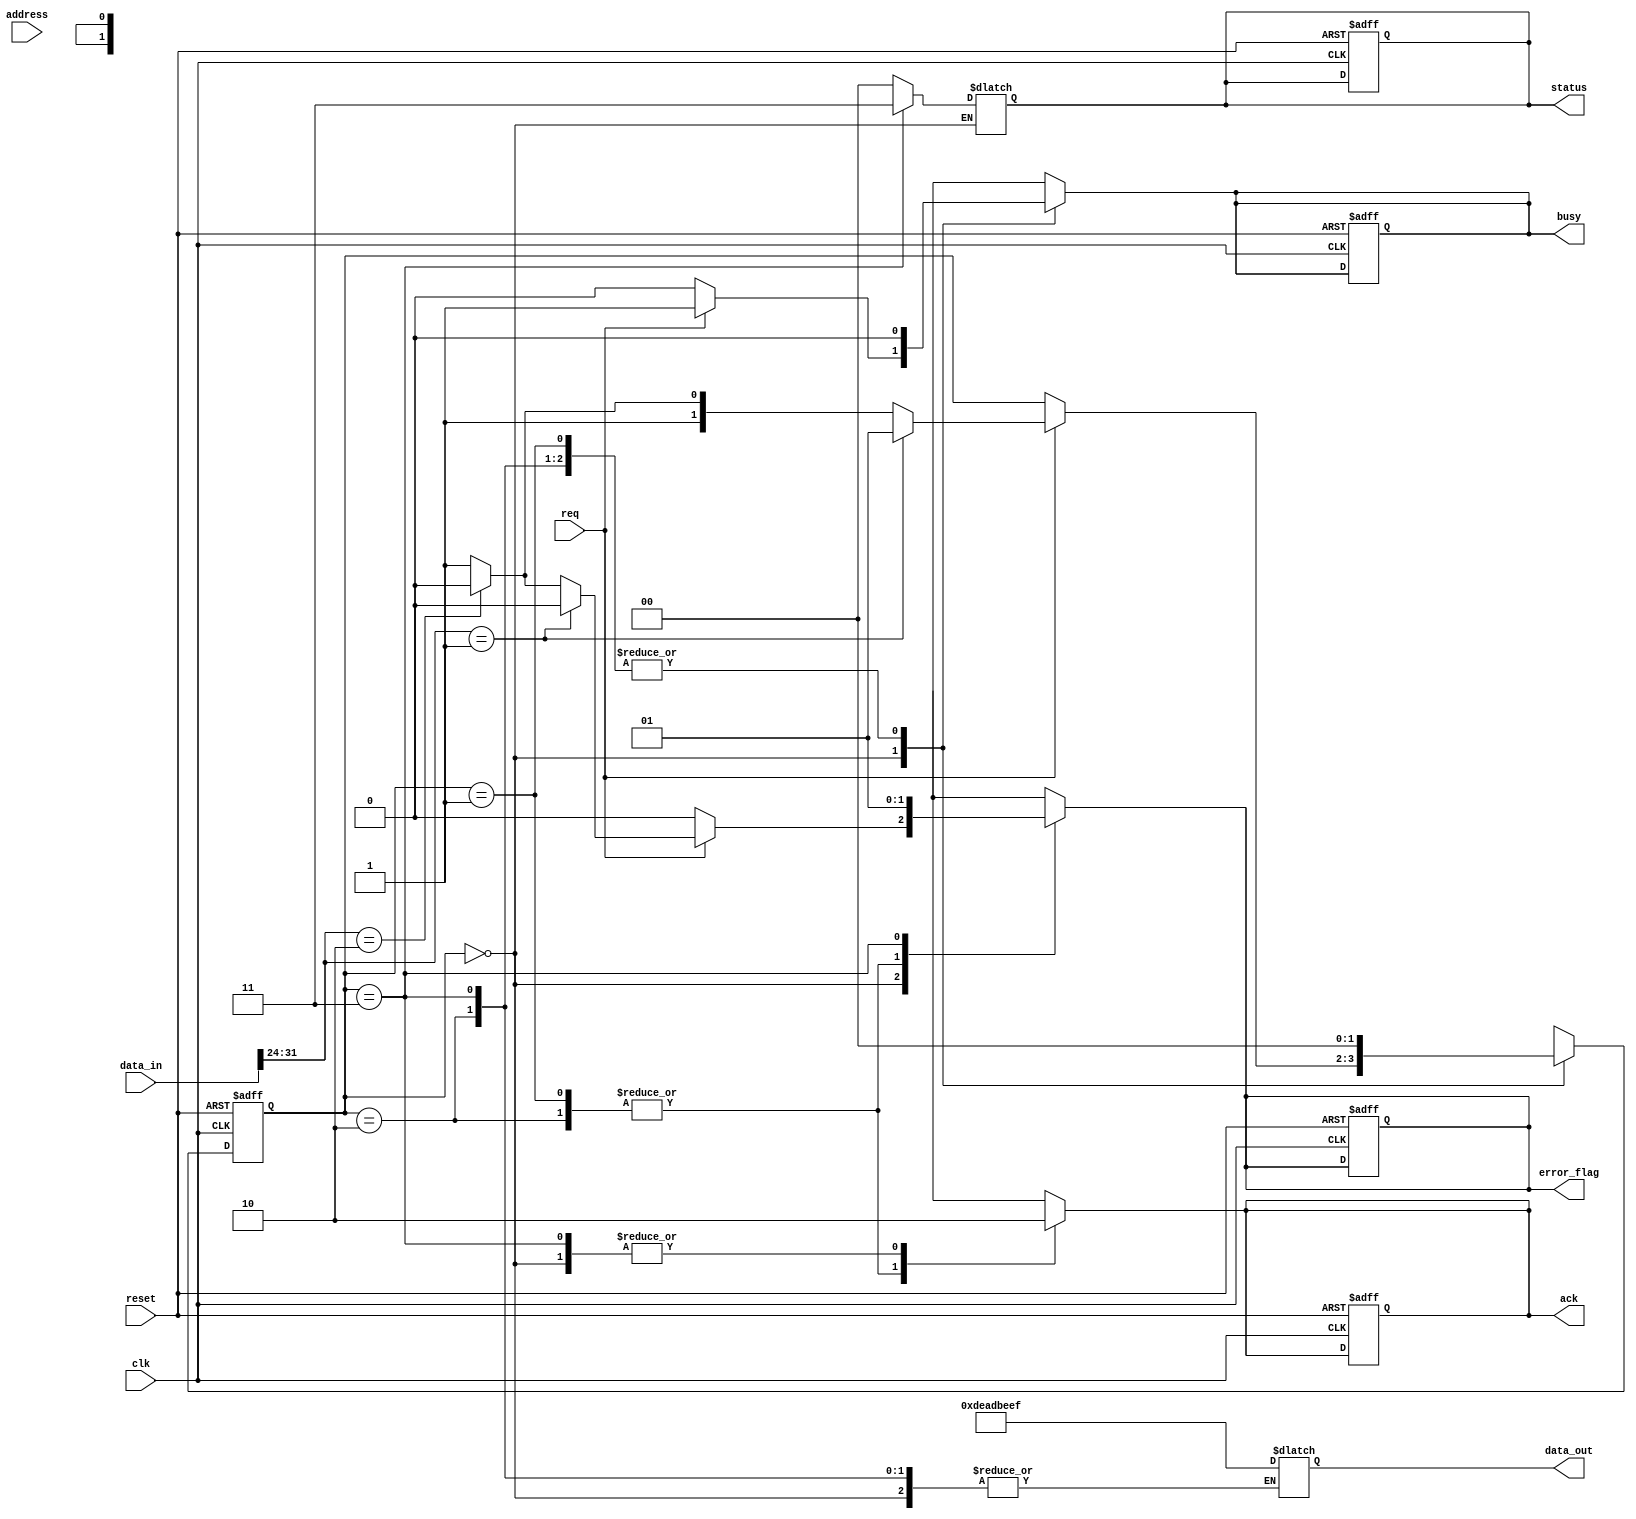
module SSD_IO_Block (
    input wire clk,                // Clock signal
    input wire reset,              // Reset signal
    input wire [31:0] address,     // Address bus
    input wire [31:0] data_in,     // Data input bus
    output reg [31:0] data_out,    // Data output bus
    input wire req,                // Request signal from host
    output reg ack,                // Acknowledge signal to host
    output reg busy,               // Busy signal
    output reg error_flag,         // Error status flag
    output reg [1:0] status        // Status register (READY, BUSY, ERROR)
);

    reg [31:0] command_reg;        // Command register
    reg [31:0] data_latch;         // Data latch for incoming data
    reg [31:0] status_reg;         // Status register
    reg [31:0] config_reg;         // Configuration register

    // State definitions
    localparam IDLE = 2'b00, 
               READ = 2'b01, 
               WRITE = 2'b10, 
               ERROR_STATE = 2'b11;

    reg [1:0] state, next_state;

    // Initialization logic
    always @(posedge clk or posedge reset) begin
        if (reset) begin
            state <= IDLE;
            ack <= 0;
            busy <= 0;
            error_flag <= 0;
            status <= 2'b00; // READY
        end else begin
            state <= next_state;
        end
    end

    // State machine for operation
    always @(*) begin
        next_state = state;
        ack = 0;
        busy = 0;
        error_flag = 0;

        case (state)
            IDLE: begin
                if (req) begin
                    busy = 1;
                    command_reg = data_in; // Assume data_in contains command
                    if (command_reg[31:24] == 8'h01) begin // READ command
                        next_state = READ;
                    end else if (command_reg[31:24] == 8'h02) begin // WRITE command
                        next_state = WRITE;
                    end else begin
                        next_state = ERROR_STATE; // Invalid command
                        error_flag = 1;
                    end
                end
            end

            READ: begin
                // Simulate reading data from NAND flash
                data_out = 32'hDEADBEEF; // Placeholder for data read
                ack = 1;
                next_state = IDLE; // Return to IDLE after read
                status = 2'b00; // READY
            end

            WRITE: begin
                // Simulate writing data to NAND flash
                data_latch = data_in; // Capture incoming data
                // Logic to write data_latch to NAND flash would go here
                ack = 1;
                next_state = IDLE; // Return to IDLE after write
                status = 2'b00; // READY
            end

            ERROR_STATE: begin
                error_flag = 1;
                status = 2'b11; // ERROR
                next_state = IDLE; // Return to IDLE after error
            end

            default: begin
                next_state = IDLE;
            end
        endcase
    end

endmodule